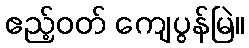
ဧည့်ဝတ် ကျေပွန်မြဲ။